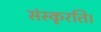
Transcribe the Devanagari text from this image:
संस्कृरति।